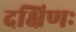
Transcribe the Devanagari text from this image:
दक्षिणः